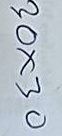
30x30